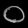
Digit: ၀